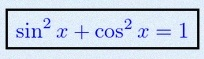
\sin^2x+\cos^2x=1